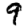
Digit: 9